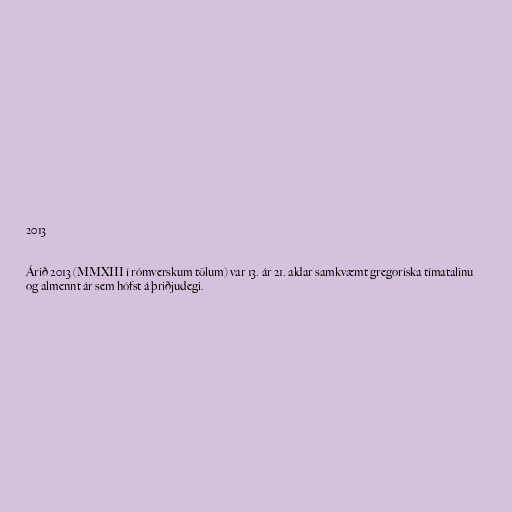
2013

Árið 2013 (MMXIII í rómverskum tölum) var 13. ár 21. aldar samkvæmt gregoríska tímatalinu
og almennt ár sem hófst á þriðjudegi.